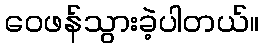
ဝေဖန်သွားခဲ့ပါတယ်။